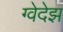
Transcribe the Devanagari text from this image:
ग्वेदेझ